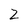
Character: Z